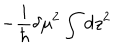
- \frac { i } { \hbar } \delta \mu ^ { 2 } \int d z ^ { 2 }